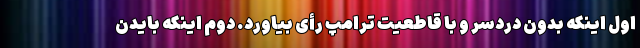
اول اینکه بدون دردسر و با قاطعیت ترامپ رأی بیاورد. دوم اینکه بایدن